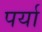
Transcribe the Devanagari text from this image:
पर्या